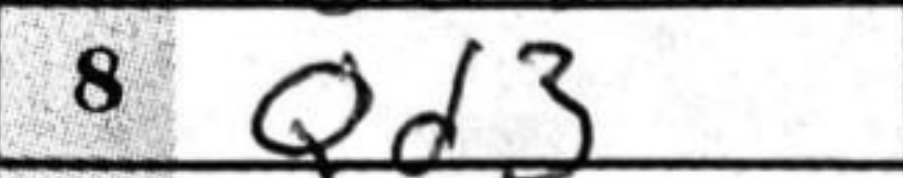
Transcription: Qd3